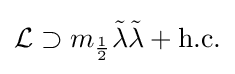
{\mathcal {L}}\supset m_{\frac {1}{2}}{\tilde {\lambda }}{\tilde {\lambda }}+{\text{h.c.}}